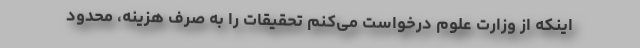
اینکه از وزارت علوم درخواست می‌کنم تحقیقات را به صرف هزینه، محدود